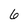
Character: 6